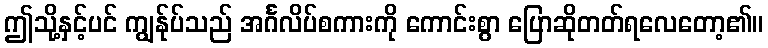
ဤသို့နှင့်ပင် ကျွန်ုပ်သည် အင်္ဂလိပ်စကားကို ကောင်းစွာ ပြောဆိုတတ်ရလေတော့၏။